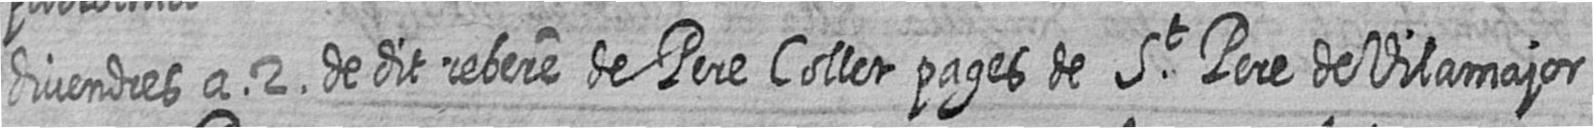
divendres a 2 de dit rebere de Pere Collet pages de St Pere de Vilamajor